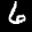
Label: 6